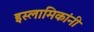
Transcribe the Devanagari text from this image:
इस्लामिकांनी